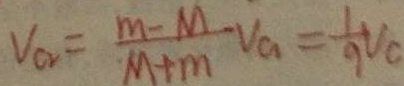
V _ { a } = \frac { m - M } { M + m } V _ { a } = \frac { 1 } { 9 } V _ { c }